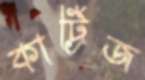
কার্ট্রিজ